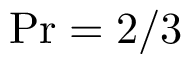
\mathrm { P r } = { 2 } / { 3 }